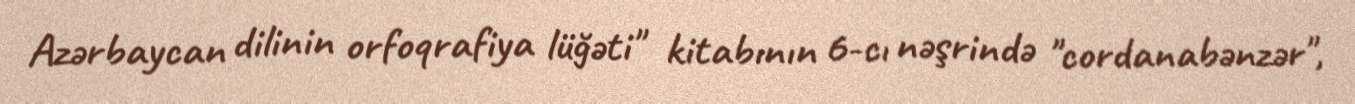
Azərbaycan dilinin orfoqrafiya lüğəti" kitabının 6-cı nəşrində "cordanabənzər",